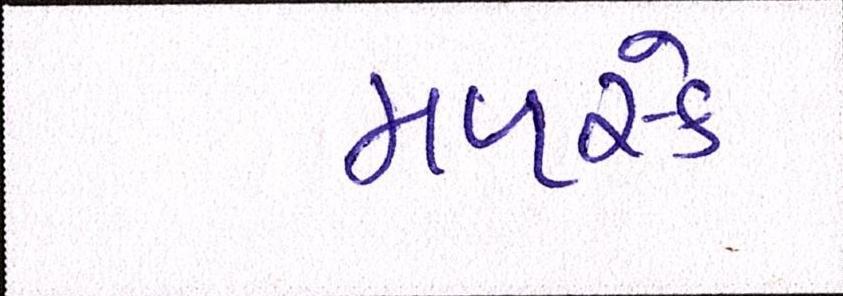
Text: મળસ્કે